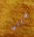
لقتلي